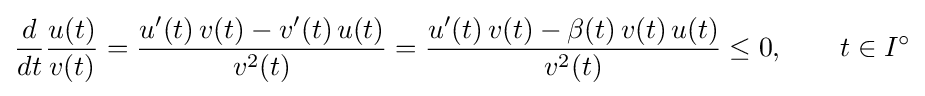
{\frac {d}{dt}}{\frac {u(t)}{v(t)}}={\frac {u'(t)\,v(t)-v'(t)\,u(t)}{v^{2}(t)}}={\frac {u'(t)\,v(t)-\beta (t)\,v(t)\,u(t)}{v^{2}(t)}}\leq 0,\qquad t\in I^{\circ }